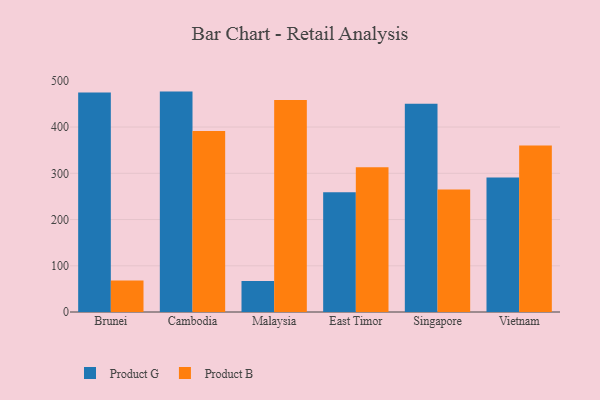
{"axis": {"x": "Country", "y": "Latency (ms)"}, "legend": ["Product B", "Product G"], "data": [{"x": "Brunei", "y": 474.5, "type": "Product G"}, {"x": "Brunei", "y": 68.4, "type": "Product B"}, {"x": "Cambodia", "y": 476.7, "type": "Product G"}, {"x": "Cambodia", "y": 391.5, "type": "Product B"}, {"x": "Malaysia", "y": 67.2, "type": "Product G"}, {"x": "Malaysia", "y": 458.4, "type": "Product B"}, {"x": "East Timor", "y": 258.8, "type": "Product G"}, {"x": "East Timor", "y": 313.0, "type": "Product B"}, {"x": "Singapore", "y": 450.2, "type": "Product G"}, {"x": "Singapore", "y": 265.1, "type": "Product B"}, {"x": "Vietnam", "y": 290.8, "type": "Product G"}, {"x": "Vietnam", "y": 360.2, "type": "Product B"}]}